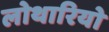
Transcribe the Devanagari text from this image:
लोथारियो